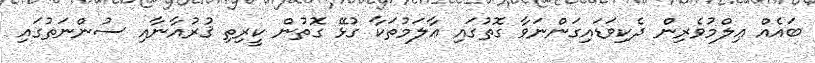
ބައެއް ޢިލްމުވެރިން ދެކިވަޑައިގަންނަވާ ގޮތުގައި ޢާލަމުތަކާ ގުޅޭ ގޮތުން ކީރިތި ޤުރުއާނާއި ސުންނަތުގައި